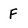
Character: F